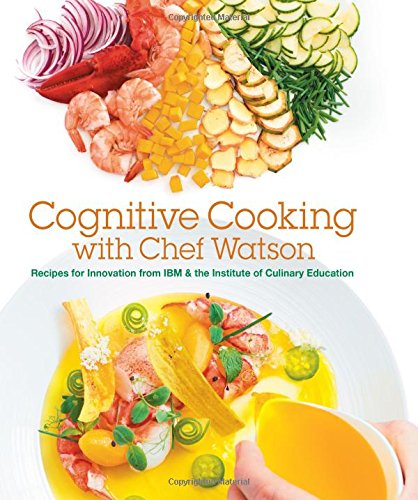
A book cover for Cognitive Cooking with Chef Watson: Recipes for Innovation from IBM & the Institute of Culinary Education; IBM; Science & Math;